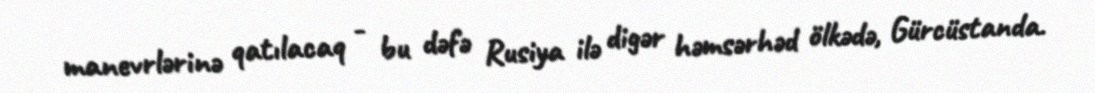
manevrlərinə qatılacaq - bu dəfə Rusiya ilə digər həmsərhəd ölkədə, Gürcüstanda.